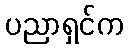
ပညာရှင်က